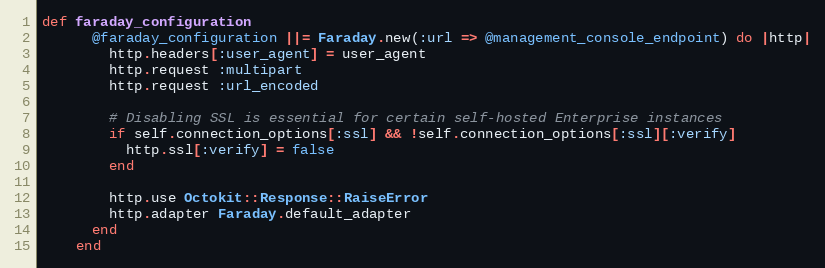
Language: Ruby
def faraday_configuration
      @faraday_configuration ||= Faraday.new(:url => @management_console_endpoint) do |http|
        http.headers[:user_agent] = user_agent
        http.request :multipart
        http.request :url_encoded

        # Disabling SSL is essential for certain self-hosted Enterprise instances
        if self.connection_options[:ssl] && !self.connection_options[:ssl][:verify]
          http.ssl[:verify] = false
        end

        http.use Octokit::Response::RaiseError
        http.adapter Faraday.default_adapter
      end
    end